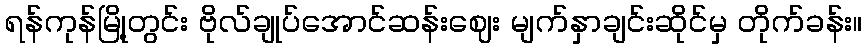
ရန်ကုန်မြို့တွင်း ဗိုလ်ချုပ်အောင်ဆန်းဈေး မျက်နှာချင်းဆိုင်မှ တိုက်ခန်း။